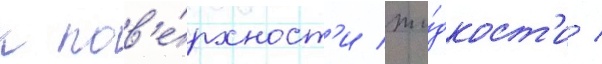
к пов'е́рхност'и жи́дкост'и /